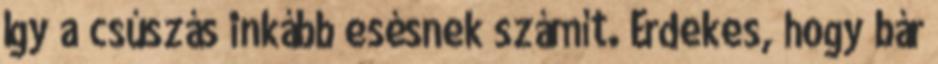
Így a csúszás inkább esésnek számít. Érdekes, hogy bár